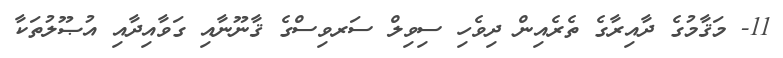
11- މަޤާމުގެ ދާއިރާގެ ތެރެއިން ދިވެހި ސިވިލް ސަރވިސްގެ ޤާނޫނާއި ގަވާއިދާއި އުޞޫލުތަކާ